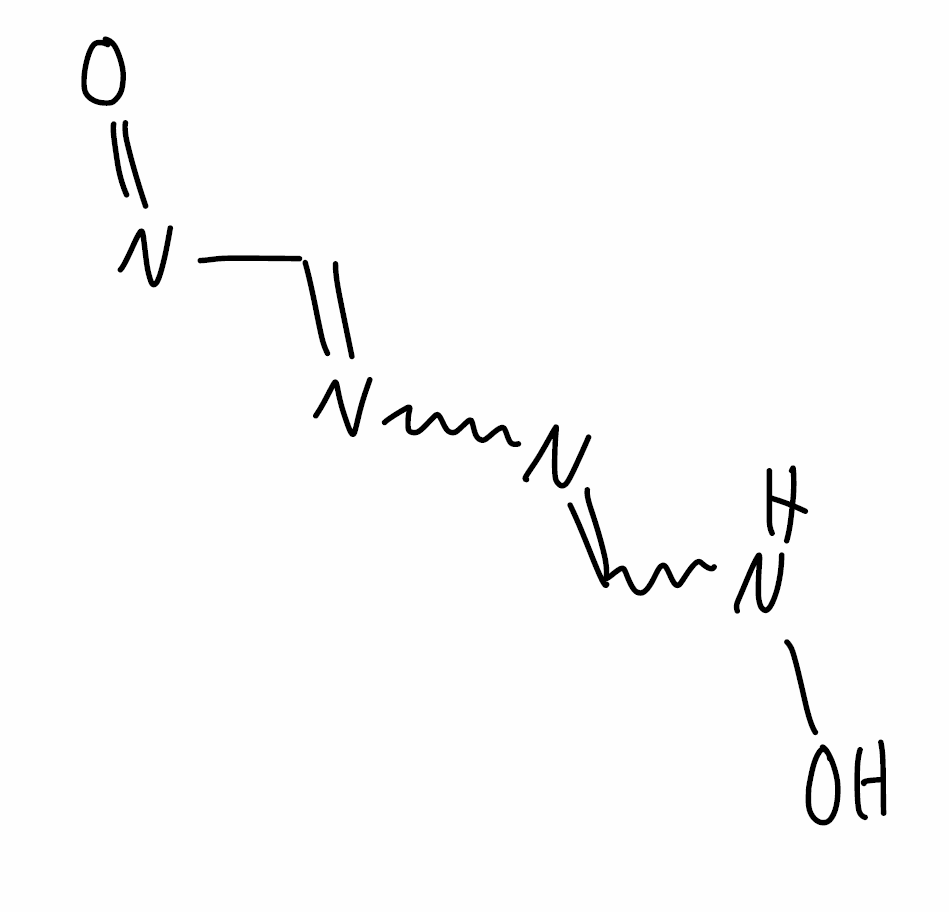
Simplified molecular-input line-entry system (SMILES) notation of the given molecule:
C(=NN=CN=O)NO